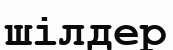
шілдер